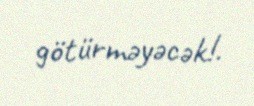
götürməyəcək!.